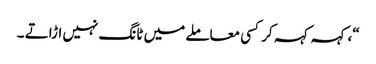
“، کہہ کہہ کر کسی معاملے میں ٹانگ نہیں اڑاتے ۔